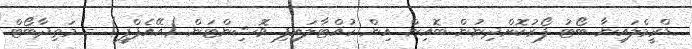
ޑްރީމްލައިނާ ބޯޓު ފޯރުކޮށްދިނުން ބޮއިން އިން ހުއްޓާލައިފި ވޮޝިންޓަން (އޭއެފްޕީ) - މަތިދާބޯޓް